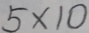
5 \times 1 0